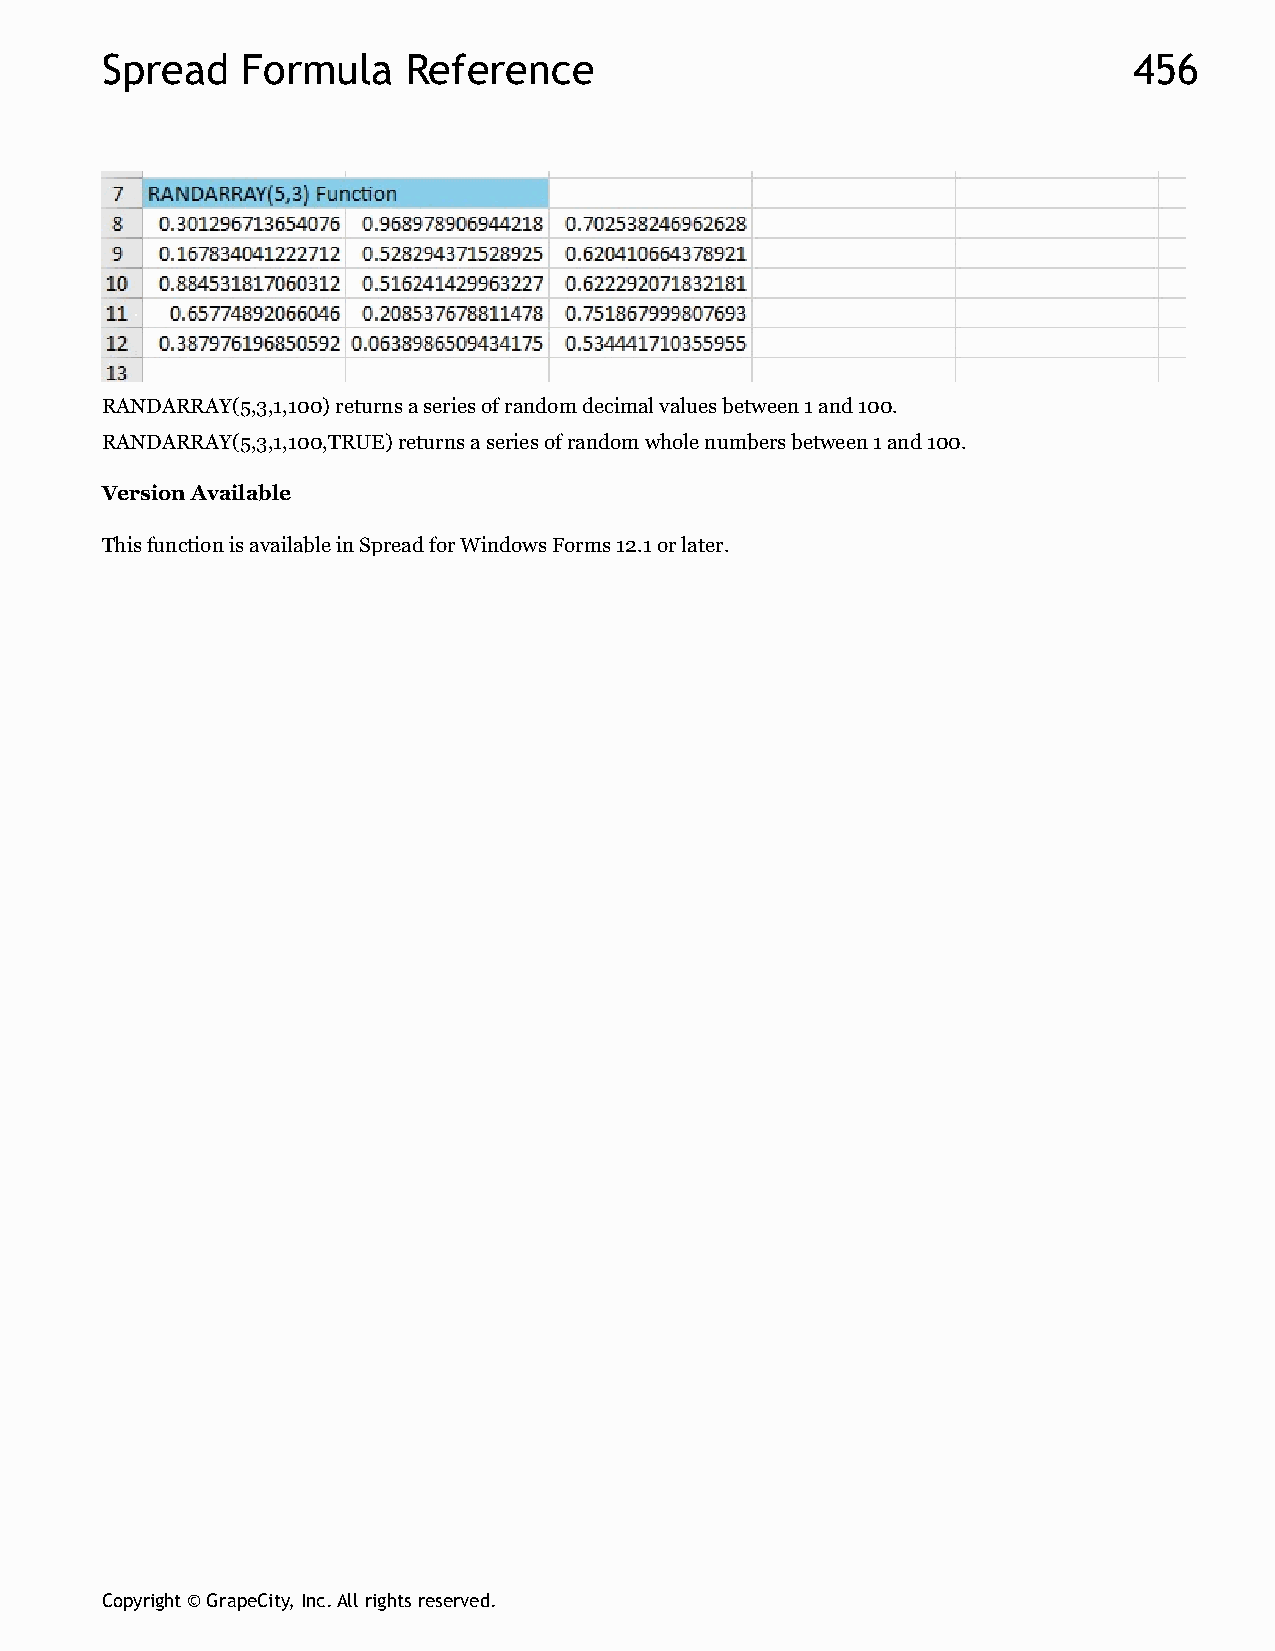
Spread   Formula    Reference                                       456
 RANDARRAY(5,3,1,100) returns a series of random decimal values between 1 and 100.
 RANDARRAY(5,3,1,100,TRUE) returns a series of random whole numbers between 1 and 100.
 Version Available
 This function is available in Spread for Windows Forms 12.1 or later.
 Copyright © GrapeCity, Inc. All rights reserved.